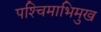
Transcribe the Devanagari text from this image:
पश्‍चिमाभिमुख